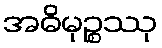
အဓိမုဉ္စဿု